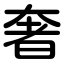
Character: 奢